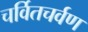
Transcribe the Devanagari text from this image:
चर्वितचर्वण